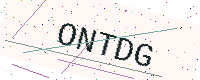
Text: ONTDG